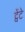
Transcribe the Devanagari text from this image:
ट्वेंटे